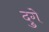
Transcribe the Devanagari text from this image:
दुगे